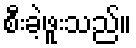
စီးခဲ့ဖူးသည်။